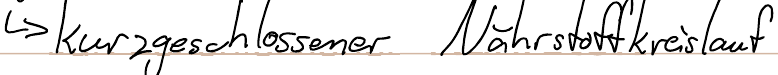
- kurzgeschlossener Nährstoffkreislauf